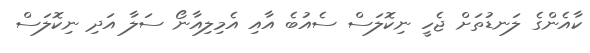
ކާއެންގެ ލަނޑުތަށް ޖެހީ ނިކޮލަސް ސެއުބެ އާއި އެމިލިއާނޯ ސަލާ އަދި ނިކޮލަސް